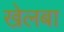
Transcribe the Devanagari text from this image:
खेलबा